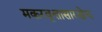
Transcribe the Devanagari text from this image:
मकरवृत्तासारखेच